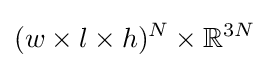
(w\times l\times h)^{N}\times \mathbb {R} ^{3N}